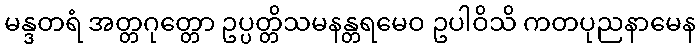
မန္ဒတရံ အတ္တဂုတ္တော ဥပ္ပတ္တိသမနန္တရမေဝ ဥပါဝိသိ ကတပုညနာမေန